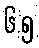
၆.၅